Source: Computer-generated
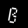
Digit: ၉ (9)